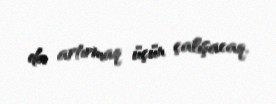
da artırmaq üçün çalışacaq.